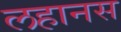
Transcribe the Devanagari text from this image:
लहानस